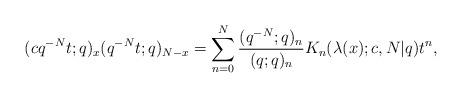
LaTeX: \begin{align*}(cq^{-N}t;q)_x (q^{-N}t;q)_{N-x}=\sum_{n=0}^N \frac{(q^{-N};q)_n}{(q;q)_n}K_n(\lambda(x);c,N|q) t^n,\end{align*}